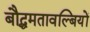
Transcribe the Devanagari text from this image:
बौद्धमतावल्बियों